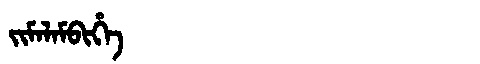
Manchu: ᠵᡳᠮᠠᠯᠠᠮᠪᡳᡥᡝ
Romanization: JIMALAMBIHE